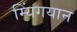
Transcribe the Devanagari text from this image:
म्यिंगयान